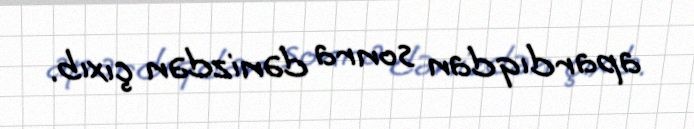
apardıqdan sonra dənizdən çıxıb.